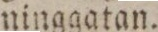
ninggatan.